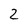
Character: 2